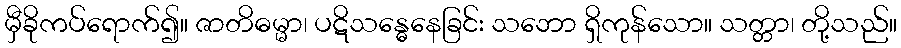
မှီခိုကပ်ရောက်၍။ ဇာတိဓမ္မာ၊ ပဋိသန္ဓေနေခြင်း သဘော ရှိကုန်သော။ သတ္တာ၊ တို့သည်။